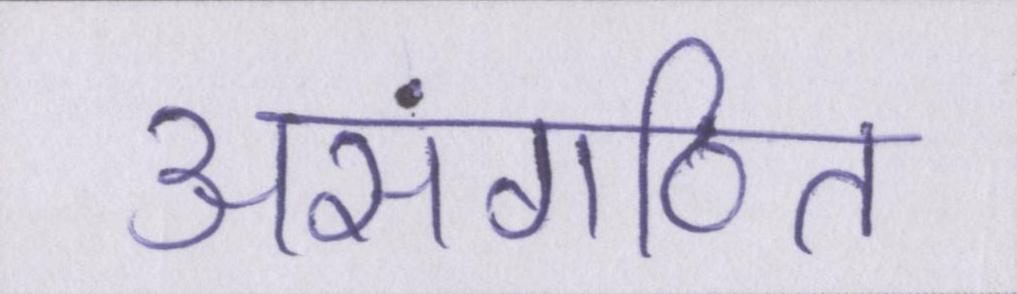
असंगठित